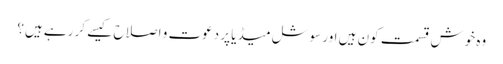
وہ خوش قسمت کون ہیں اور سوشل میڈیا پر دعوت و اصلاح کیسے کر رہے ہیں؟